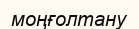
моңғолтану